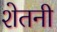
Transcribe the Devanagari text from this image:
शेतनी